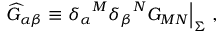
{ \widehat G } _ { \alpha \beta } \equiv { \delta _ { \alpha } } ^ { M } { \delta _ { \beta } } ^ { N } G _ { M N } \Big | _ { \Sigma } ~ ,